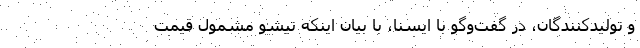
و تولیدکنندگان، در گفت‌وگو با ایسنا، با بیان اینکه تیشو مشمول قیمت